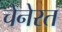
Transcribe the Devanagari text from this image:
चेनेरत